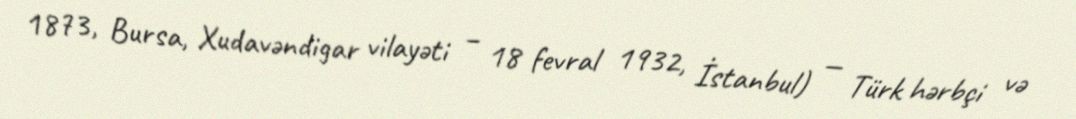
1873, Bursa, Xudavəndigar vilayəti – 18 fevral 1932, İstanbul) — Türk hərbçi və